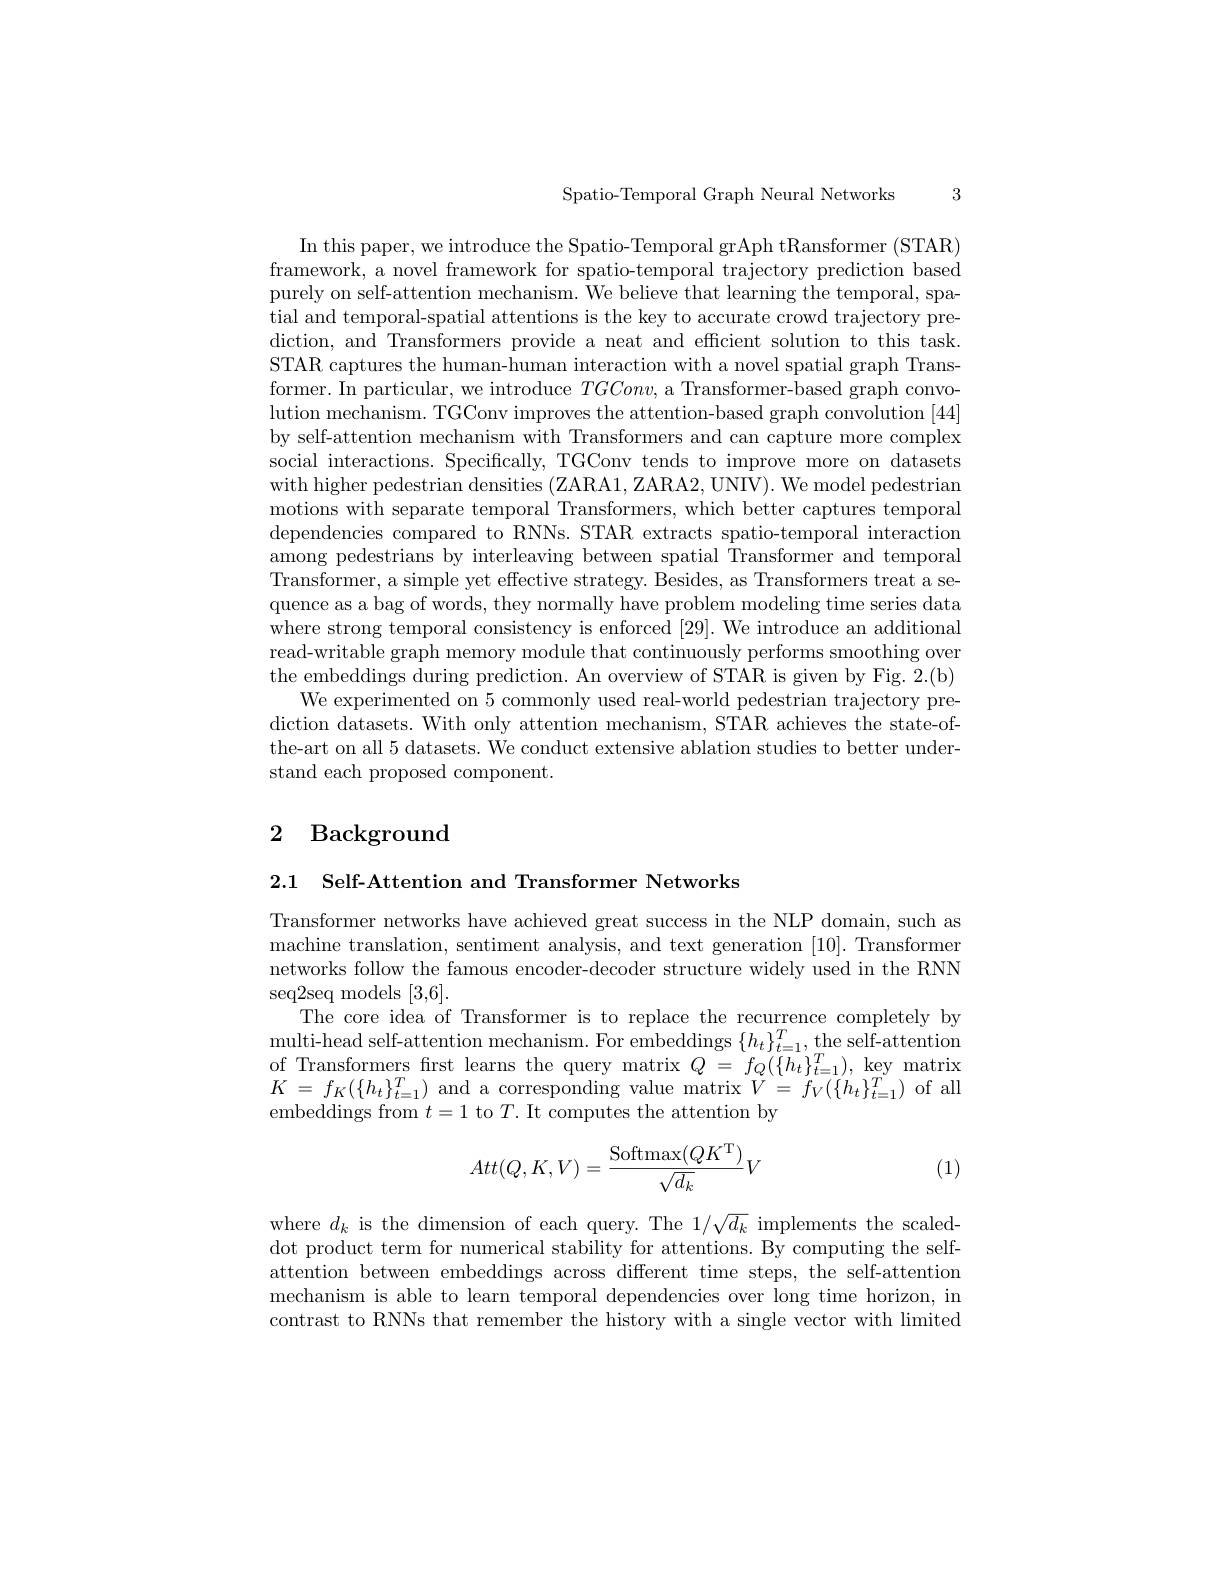
Spatio-Temporal Graph Neural Networks 3

In this paper, we introduce the Spatio- Temporal grAph tRansformer (STAR) framework, a novel framework for spatio-temporal trajectory prediction based purely on self-attention mechanism. We believe that learning the temporal, spatial and temporal-spatial attentions is the key to accurate crowd trajectory prediction, and Transformers provide a neat and efficient solution to this task. STAR captures the human-human interaction with a novel spatial graph Transformer. In particular, we introduce $TGConv$, a Transformer-based graph convolution mechanism. TGConv improves the attention-based graph convolution [44] by self-attention mechanism with Transformers and can capture more complex social interactions. Specifically, TGConv tends to improve more on datasets with higher pedestrian densities (ZARA1, ZARA2, UNIV). We model pedestrian motions with separate temporal Transformers, which better captures temporal dependencies compared to RNNs. STAR extracts spatio-temporal interaction among pedestrians by interleaving between spatial Transformer and temporal Transformer, a simple yet effective strategy. Besides, as Transformers treat a sequence as a bag of words, they normally have problem modeling time series data where strong temporal consistency is enforced [29]. We introduce an additional read-writable graph memory module that continuously performs smoothing over the embeddings during prediction. An overview of STAR is given by Fig. 2.(b)
We experimented on 5 commonly used real-world pedestrian trajectory prediction datasets. With only attention mechanism, STAR achieves the state-ofthe-art on all 5 datasets. We conduct extensive ablation studies to better understand each proposed component.

# 2 Background

2.1 $\textbf{Self- Attention and Transformer Networks}$

Transformer networks have achieved great success in the NLP domain, such as machine translation, sentiment analysis, and text generation [10]. Transformer networks follow the famous encoder-decoder structure widely used in the RNN seq2seq models [3,6].
The core idea of Transformer is to replace the recurrence completely by $\operatorname*{multi-head}$self-attention mechanism. For embeddings $\{h_t\}_{t=1}^T$, the self-attention $\begin{array}{ll}\mathrm{of~Transformers~first~learns~the~query~matrix~}Q\:=\:f_{Q}(\{h_{t}\}_{t=1}^{T}),~\mathrm{key~matrix}\\K\:=\:f_{K}(\{h_{t}\}_{t=1}^{T})~\mathrm{and~a~corresponding~value~matrix~}V\:=\:f_{V}(\{h_{t}\}_{t=1}^{T})~\mathrm{of~all}\end{array}$ embeddings from $t=1$ to $T.$ It computes the attention by
$$Att(Q,K,V)=\frac{\mathrm{Softmax}(QK^{\mathrm{T}})}{\sqrt{d_k}}V$$
(1)

where $d_k$ is the dimension of each query. The $1/\sqrt{d_{k}}$ implements the scaleddot product term for numerical stability for attentions. By computing the selfattention between embeddings across different time steps, the self-attention mechanism is able to learn temporal dependencies over long time horizon, in contrast to RNNs that remember the history with a single vector with limited